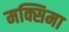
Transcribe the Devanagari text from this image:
मक्सिमा